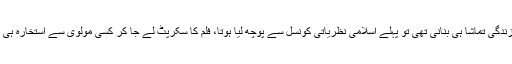
تم نے جو زندگی تماشا ہی بنانی تھی تو پہلے اسلامی نظریاتی کونسل سے پوچھ لیا ہوتا، فلم کا سکرپٹ لے جا کر کسی مولوی سے استخارہ ہی کروا لیتے۔